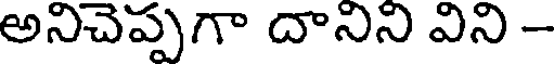
అనిచెప్పగా దానిని విని -